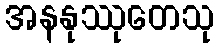
အနနုဿုတေသု